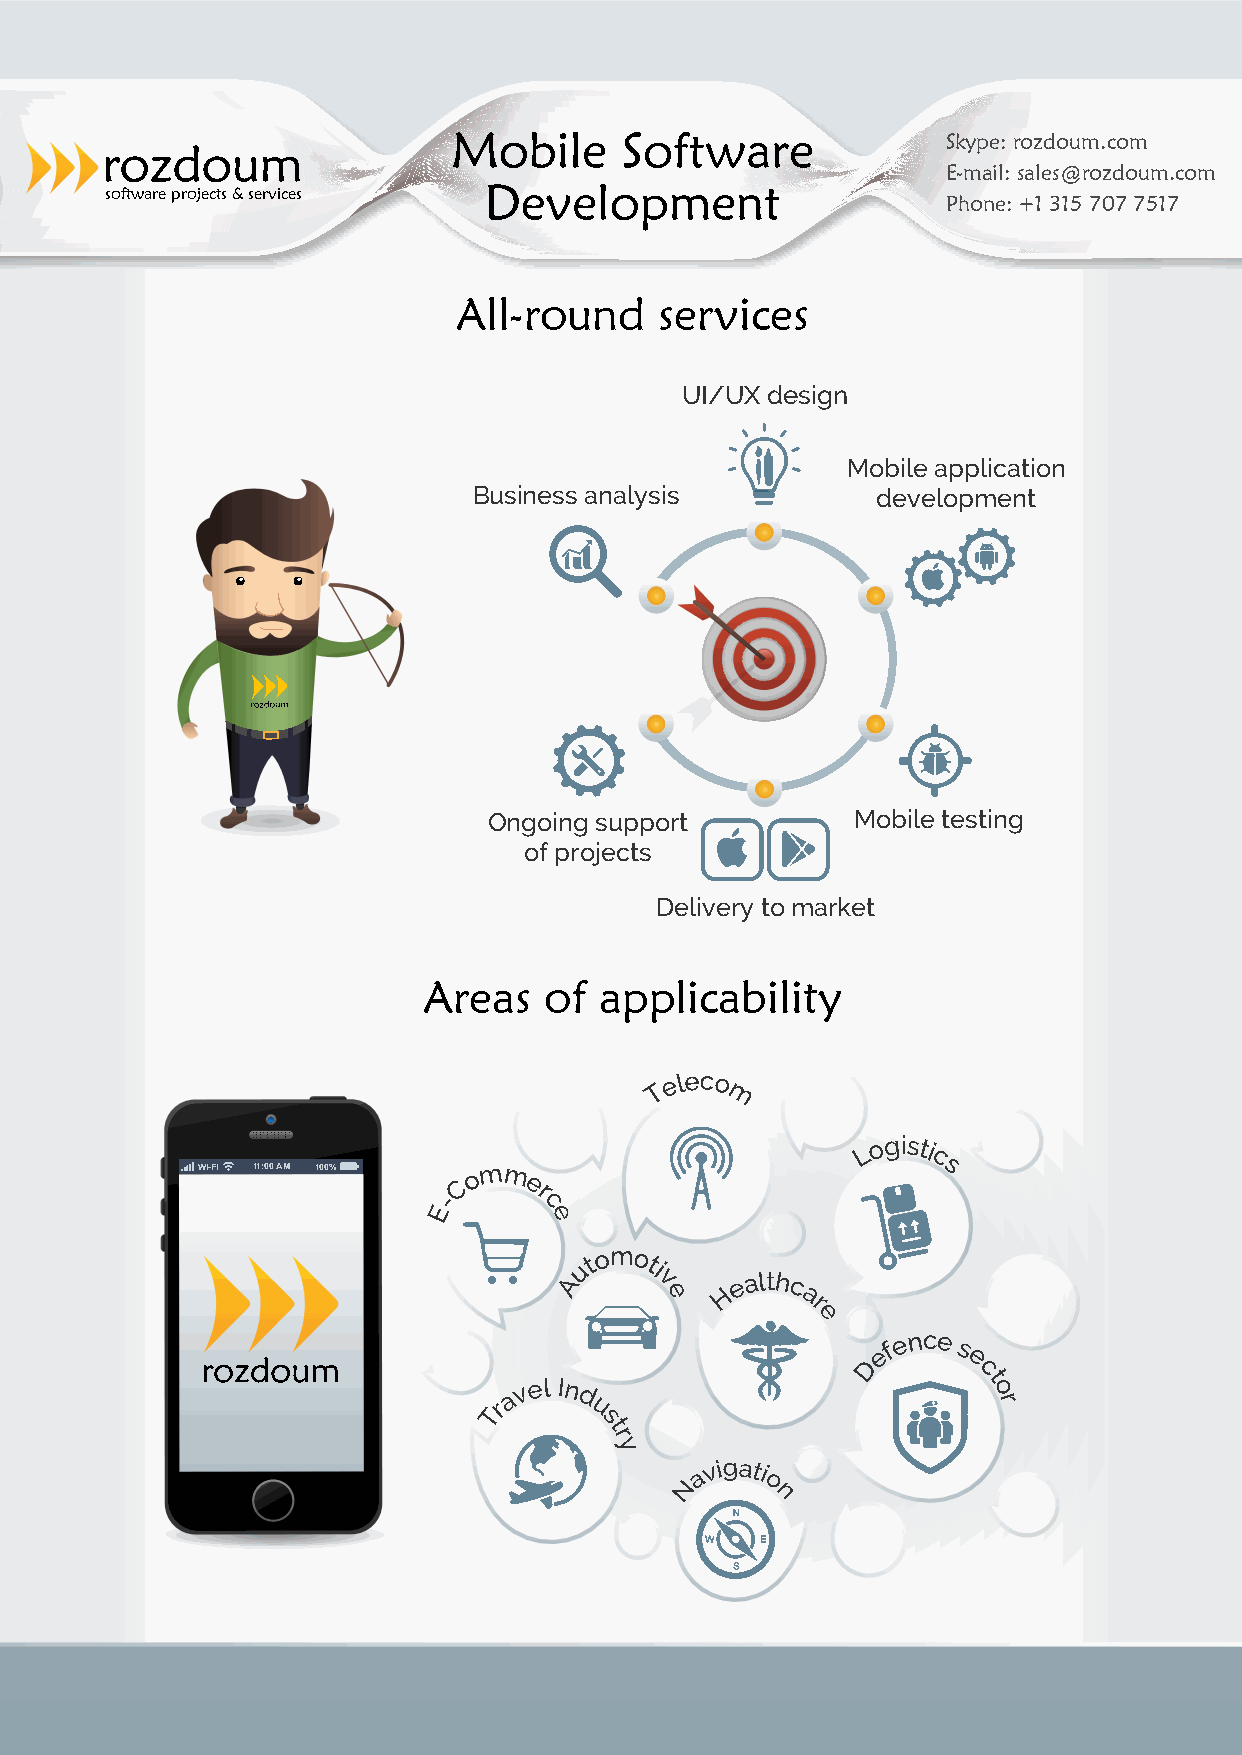
Mobile     Software              Skype: rozdoum.com
 E-mail: sales@rozdoum.com
 software projects & services Development
 Phone: +1 315 707 7517
 All-round     services
 UI/UX design
 Mobile application
 Business analysis          development
 Ongoing support          Mobile testing
 of projects
 Delivery to market
 Areas   of  applicability
 T
 e leco
 m
 L
 ogisti
 WI-FI 11:00 AM 100% o mm
 c
 s
 E-C   e
 r
 c
 e
 utom
 oti
 A     v
 e   H
 e althc
 a
 r
 e
 D
 efe nce
 s
 e
 c
 a v el In d                    t o
 Tr     u                          r
 s
 t
 r
 y
 a
 v igati
 N    o
 n